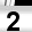
Digit: 2